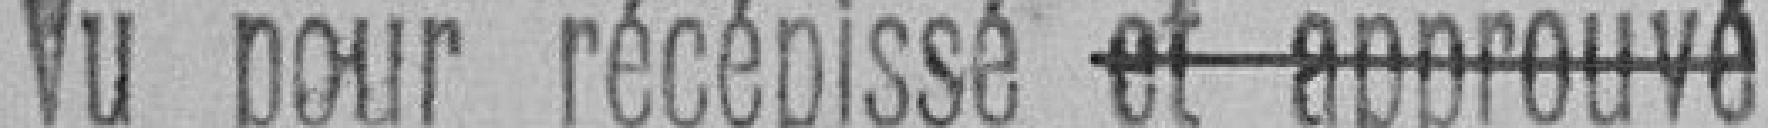
Vu pour récépissé et approuvé